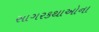
સાગરકથાઓના